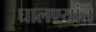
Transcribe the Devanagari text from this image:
घालण्यांत